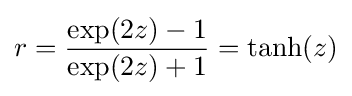
r={\frac {\exp(2z)-1}{\exp(2z)+1}}=\operatorname {tanh} (z)